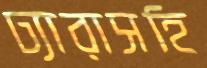
ঢ্যারাসহি